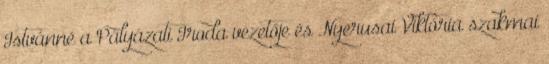
Istvánné a Pályázati Iroda vezetője és Nyerusai Viktória szakmai